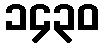
၁၄၃၀